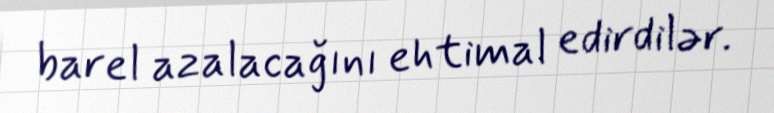
barel azalacağını ehtimal edirdilər.